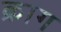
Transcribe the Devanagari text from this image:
क्राग